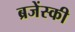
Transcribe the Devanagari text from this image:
ब्रजेंस्की